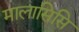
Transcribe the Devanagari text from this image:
मालासिसि